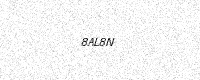
Text: 8AL8N